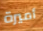
أميرة